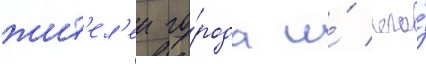
жит'ел'еи го́рода и́ его́